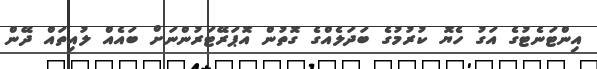
އިންޓަނެޓުގެ އަގު ހެޔޮ ކުރުމުގެ ބަދަލެއްގެ ގޮތުން އޮޕަރޭޓަރުންނަށް ބައެއް ލުއިތައް ދޭން